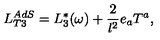
L _ { T 3 } ^ { A d S } = L _ { 3 } ^ { * } ( \omega ) + \frac { 2 } { l ^ { 2 } } e _ { a } T ^ { a } ,